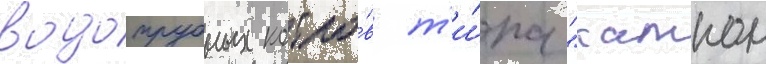
водотрубных котло́в т'и́па "кампон